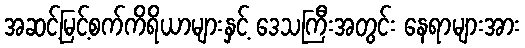
အဆင့်မြင့်စက်ကိရိယာများနှင့် ဒေသကြီးအတွင်း နေရာများအား